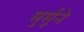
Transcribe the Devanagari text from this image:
मुर्मूने